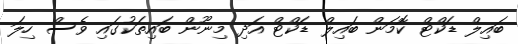
ބައިލް ޑަކްޓް ކޮމަން ބައިލް ޑަކްޓް އަދި މިނޫން ބައިތަކުގައި ވެސް ހިލަ